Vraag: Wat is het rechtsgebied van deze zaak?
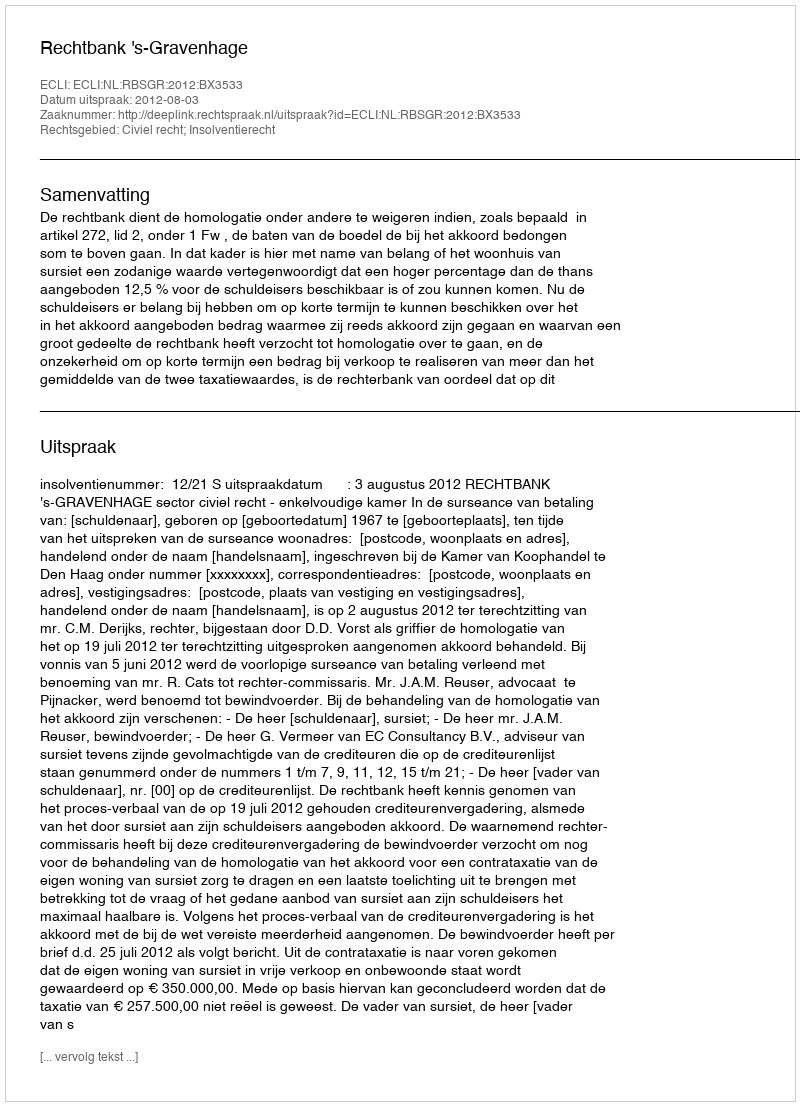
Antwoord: Civiel recht; Insolventierecht